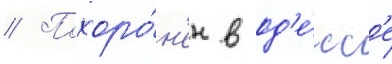
// Похоро́н'ен в од'е́сс'е